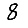
Digit: 8